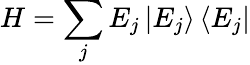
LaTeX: H=\sum_{j}E_{j}\left|E_{j}\right\rangle\left\langle E_{j}\right|